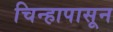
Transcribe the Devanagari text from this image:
चिन्हापासून